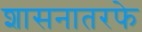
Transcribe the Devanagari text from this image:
शासनातरफे